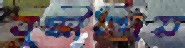
বুদ্ধীন্দ্রিয়